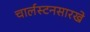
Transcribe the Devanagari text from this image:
चार्लस्टनसारखे